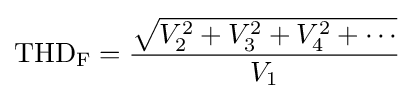
\mathrm {THD_{F}} ={\frac {\sqrt {V_{2}^{2}+V_{3}^{2}+V_{4}^{2}+\cdots }}{V_{1}}}